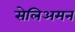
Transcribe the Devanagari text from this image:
सेलिअमन